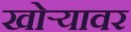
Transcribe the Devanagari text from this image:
खोर्‍यावर